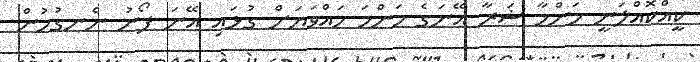
ކީއްކޮއްލަނީ މަންމާ ޝަރާ އޭނަގެ މަންމަ ހައްވަޔަށް ގުޅައި އޭނަ ފޯނު ނެނގުމުން